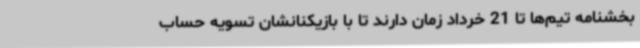
بخشنامه تیم‌ها تا 21 خرداد زمان دارند تا با بازیکنانشان تسویه حساب